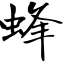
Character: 蜂